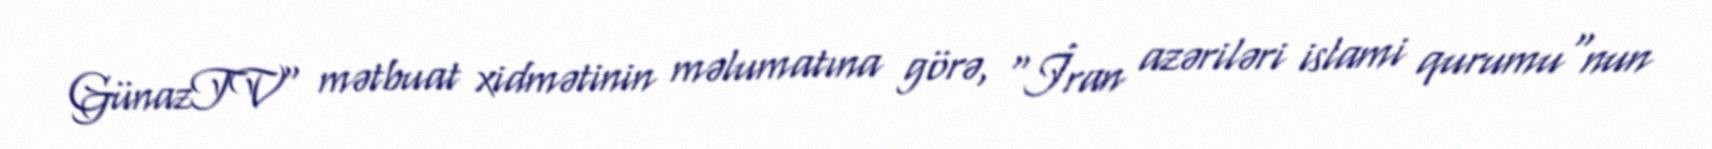
GünazTV" mətbuat xidmətinin məlumatına görə, "İran azəriləri islami qurumu"nun